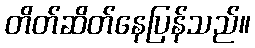
တိတ်ဆိတ်နေပြန်သည်။